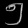
Digit: ၅